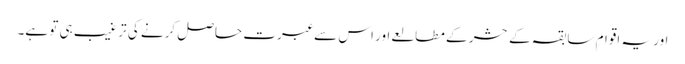
اور یہ اقوامِ سابقہ کے حشر کے مطالعے اور اس سے عبرت حاصل کرنے کی ترغیب ہی تو ہے۔